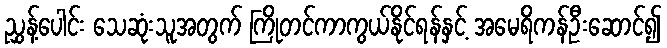
ညွှန့်ပေါင်း သေဆုံးသူအတွက် ကြိုတင်ကာကွယ်နိုင်ရန်နှင့် အမေရိကန်ဦးဆောင်၍